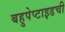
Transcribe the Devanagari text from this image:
बहुपेप्टाइडची